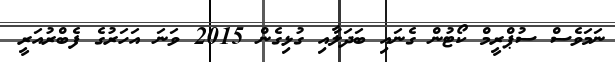
ނަމަވެސް ސުޕްރީމް ކޯޓުން ގެނައި ބަދަލާއި ގުޅިގެން 2015 ވަނަ އަހަރުގެ ފެބްރުއަރީ